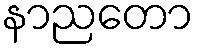
နာညတော